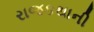
રાજકથાની